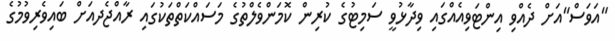
"އަވަސް"އަށް ދެއްވި އިންޓަވިއެއްގައި ވިދާޅުވީ ސަމިޓުގެ ކުރިން ކޮމަންވެލްތުގެ މަސައްކަތްތަކުގައި ރާއްޖެދއަށް ބައިވެރިވުމުގެ